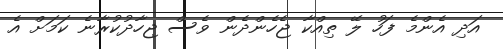
އަދި އެންމެ ފަހު ލޭ ތިއްކާ ޖެހެންދެން ވެސް ޖިހާދުކުރާނެ ކަމަށް އެ